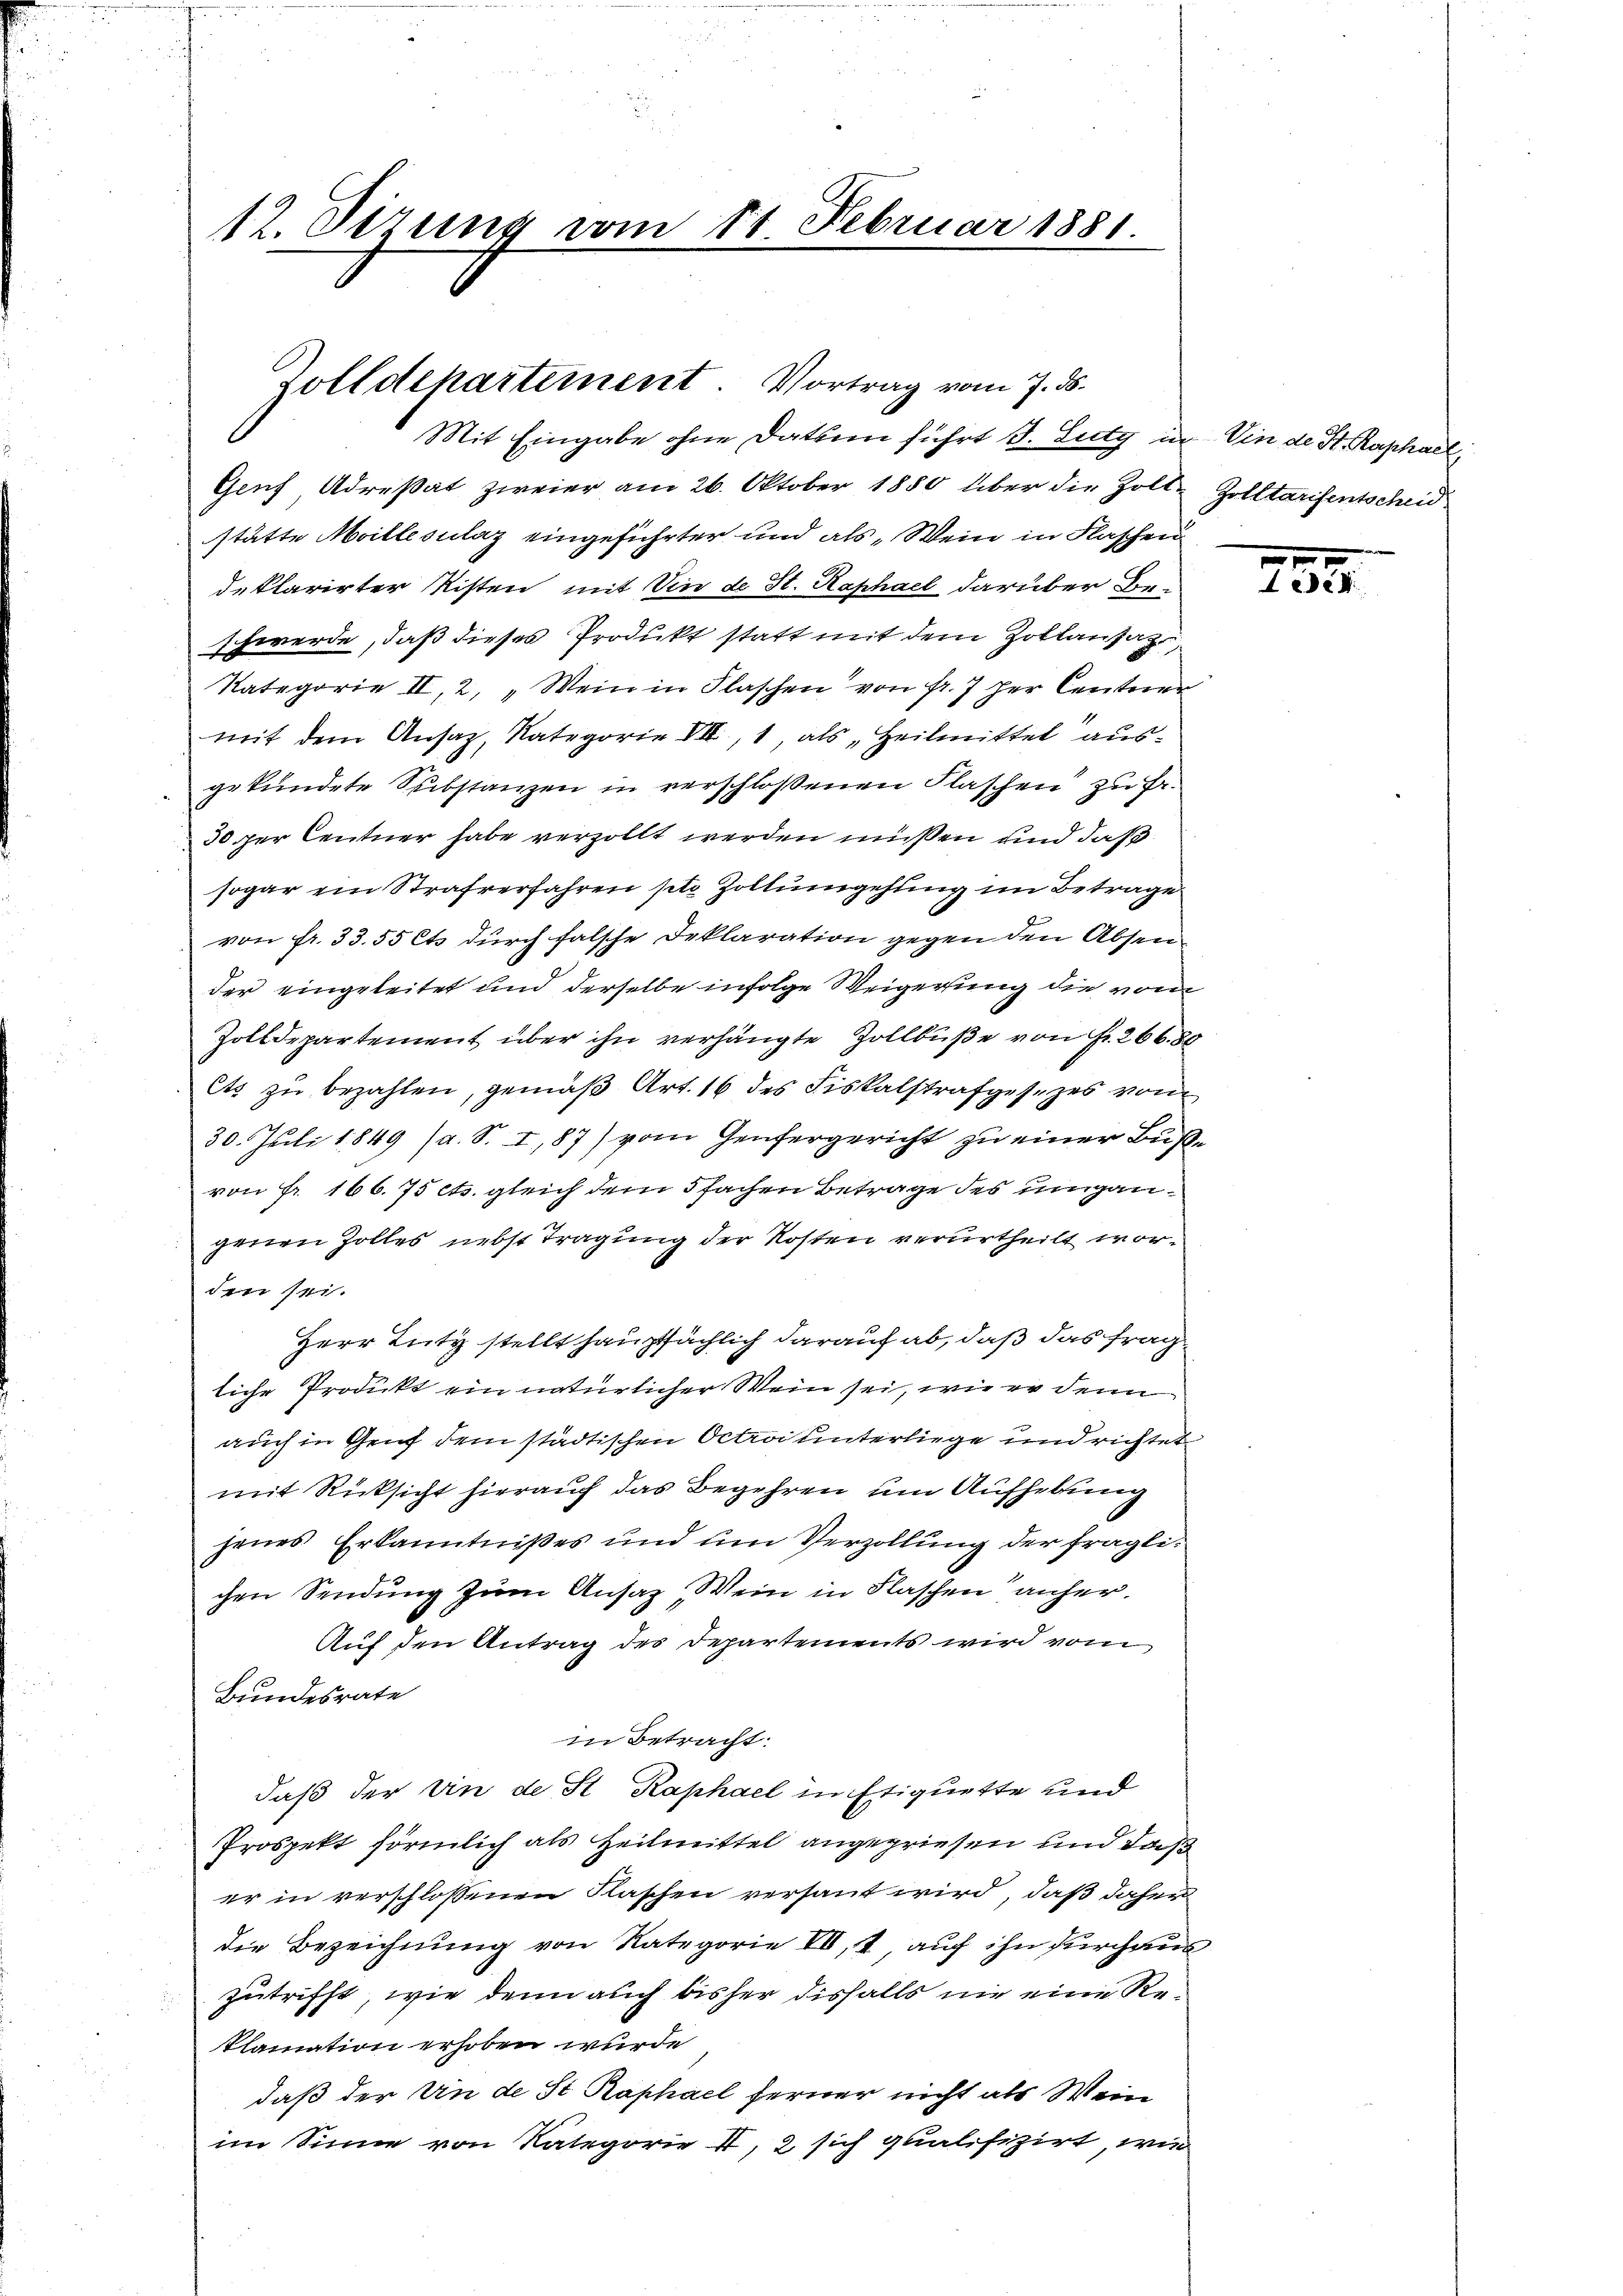
12. Sizung vom 11. Februar 1881.

Genf Adresat zweier am 26. Oktober 1880 über die Zoll-Zolltarifentscheid
stätte Meille sulaz eingeführter und als „Wein in Flaschen
deklarirter Risten mit in de St. Raphael darüber Beschwerde, daß dieses Produkt statt mit dem Zollansaz
Kategorie II, 2, „Wein in Flaschen von fr. 7 der Centner
mit dem Ansaz, Kategorie VII, 1, als „Heilmittel ausgekündete Substanzen in verschloßenen Flaschen zu Fr.
30 per Centner habe verzollt werden müßen und daß
sogar ein Strafverfahren pto Zollumgehung im Betrage
d
von fr. 33. 55 Cts durch falsche Deklaration gegen den Absen
der eingeleitet und derselbe infolge Weigerung die vom
Zolldepartement über ihn verhängte Zollbuße von Fr. 266. 80
ets zu bezahlen, gemäß Art. 16 des Fiskalstrafgesezes vom
30. Juli 1849 (a. S. I, 87) vom Genfergericht zu einer Bußvon Fr. 166. 75 cts. gleich dem 5fachen Betrage des umgangenen Zolles nebst Tragung der Kosten verurtheilt worden sei.
Herr Tuty stellt hauptsächlich darauf ab, daß das frag
liche Produkt ein natürlicher Wein sei, wie er denn
auch in Genf dem städtischen Octroi unterliege und richtet
mit Rücksicht hierauf das Begehren um Aufhebung
jenes Erkanntnißes und um Verzollung der fraglichen Sendung zum Ansaz, Wein in Flaschen anher¬
Auf den Antrag des Departements wird vom
Bundesrate
in Betracht:
daß der vin de St. Kaphael in Etiquette und
Prospekt förmlich als Heilmittel angegriefen und daß
er in verschlossenen Flaschen versaut wird, daß daher
die Bezeichnung von Kategorie VII, 2, auf ihn durchaus
zutrifft, wie denn auch bisher disfalls nie eine Re¬
Plamation erhoben wurde
daß der in de St Raphael ferner nicht als Wein
im Sinne von Kategorie II, 2 sich qualifizirt, wie

Zolldehartement. Vortrag vom 7. ds.
Mit Eingabe ohne Datsein führt d. Lutz in in de St. Raphael,

235.